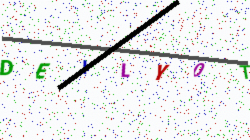
Text: DEILY0T